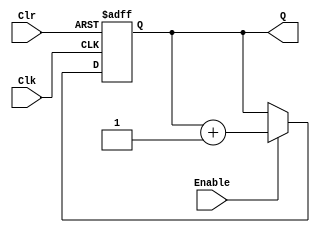
//Simple Counter

module counter_simple
#(parameter WIDTH =8)
(
	Enable,
	Clk,
	Clr,
	Q
);

	input Enable  ;
	input Clk, Clr ;
	output reg [WIDTH-1:0] Q;

	always @(negedge Clr, posedge Clk)
	begin
		if (Clr == 1'b0) 
			Q <= 0;		
		else if (Enable) 
			Q <= Q + 1;
	end
endmodule